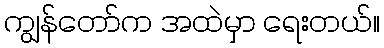
ကျွန်တော်က အထဲမှာ ရေးတယ်။